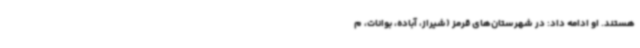
هستند. او ادامه داد: در شهرستان‌های قرمز (شیراز، آباده، بوانات، م